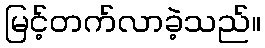
မြင့်တက်လာခဲ့သည်။